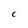
Character: C